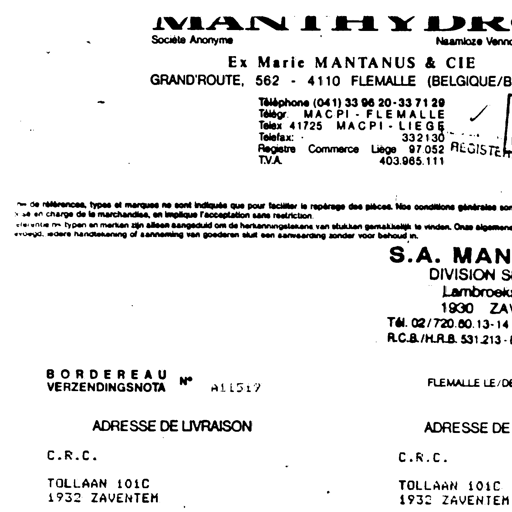
MANIHYDR
Société Anonyme
Naamloze Venno
Ex Marie MANTANUS & CIE
GRAND'ROUTE, 562 - 4110 FLEMALLE (BELGIQUE/B
Téléphone (041) 33 96 20-33 71 29
Télégr. MACPI-FLEMALLE
Telex 41725 MACPI-LIEGE
Telefax: 332130
Registre Commerce Liège 97.052
T.V.A. 403.965.111
de références, types et marques ne sont indiquées que pour faciliter le repérage des pièces. Nos conditions générales son
se en charge de la marchandise, en implique l'acceptation sans restriction.
referentie nrs typen en merken zijn alleen aangeduid om de herkenningstekens van stukken gemakkelijk te vinden. Onze algemene
voegde iedere handtekening of aanneming van goederen sluit een aanvaarding zonder voor behoud in.
S.A. MAN
DIVISION S
Lambroek
1930 ZA
Tél. 02/720.60.13-14
R.C.B./H.R.B. 531.213 -
BORDEREAU N°
VERZENDINGSNOTA A11517 FLEMALLE LE/DE
ADRESSE DE LIVRAISON
ADRESSE DE
C.R.C.
C.R.C.
TOLLAAN 101C
TOLLAAN 101C
1932 ZAVENTEM
1932 ZAVENTEM